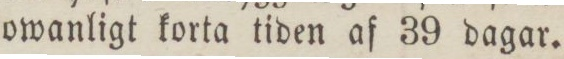
owanligt korta tiden af 39 dagar.